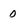
Character: 0